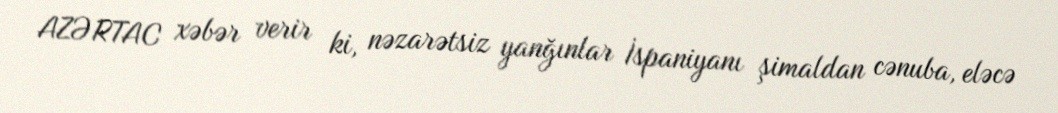
AZƏRTAC xəbər verir ki, nəzarətsiz yanğınlar İspaniyanı şimaldan cənuba, eləcə